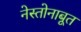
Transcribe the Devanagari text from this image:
नेस्तोनाबूत